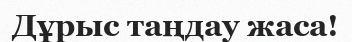
Дұрыс таңдау жаса!